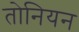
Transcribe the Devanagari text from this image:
तोनियन